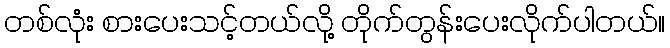
တစ်လုံး စားပေးသင့်တယ်လို့ တိုက်တွန်းပေးလိုက်ပါတယ်။